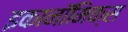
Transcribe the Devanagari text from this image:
इकानॉमिक्स